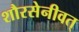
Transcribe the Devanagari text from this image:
शौरसेनीवत्